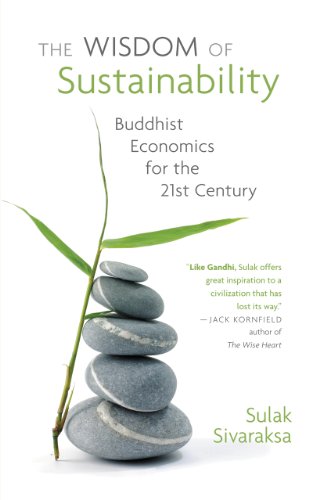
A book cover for The Wisdom of Sustainability: Buddhist Economics for the 21st Century; Sulak Sivaraksa; Religion & Spirituality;